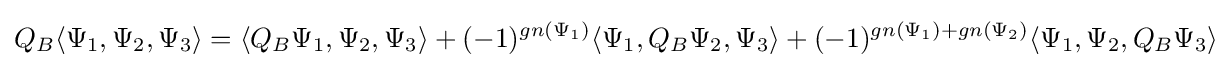
Q_{B}\langle \Psi _{1},\Psi _{2},\Psi _{3}\rangle =\langle Q_{B}\Psi _{1},\Psi _{2},\Psi _{3}\rangle +(-1)^{gn(\Psi _{1})}\langle \Psi _{1},Q_{B}\Psi _{2},\Psi _{3}\rangle +(-1)^{gn(\Psi _{1})+gn(\Psi _{2})}\langle \Psi _{1},\Psi _{2},Q_{B}\Psi _{3}\rangle